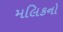
મલિકનો